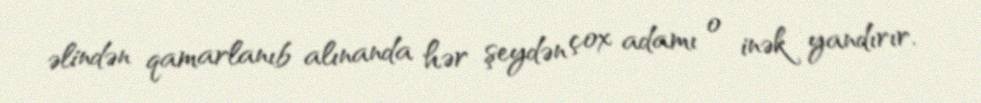
əlindən qamarlanıb alınanda hər şeydən çox adamı o inək yandırır.